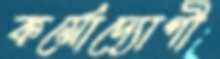
কর্মোদ্যোগী